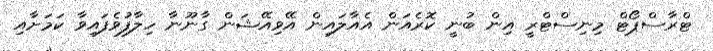
ޓްރާސްޕޯޓް މިނިސްޓްރީ އިިން ބުނީ ކޮރެއަން އެއާލައިން އޭވިއޭޝަން ގާނޫނާ ހިލާފުވެފައިވާ ކަމަށާއި